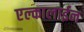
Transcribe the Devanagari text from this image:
एल्कालाईन